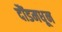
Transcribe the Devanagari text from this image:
दौंडमधून